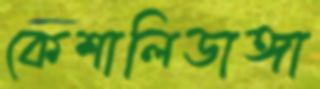
কেশালিডাঙ্গা